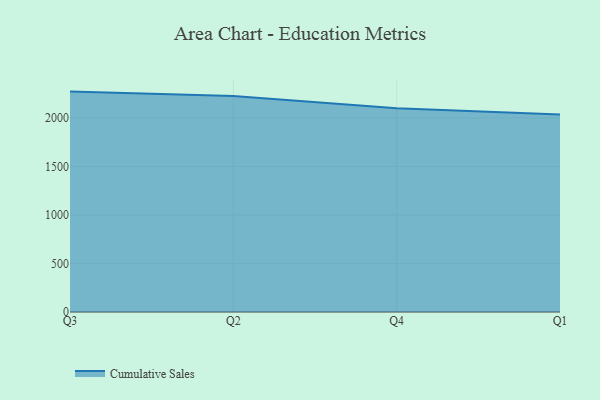
{"axis": {"x": "Quarter", "y": "Inventory Turnover"}, "legend": ["Cumulative Sales"], "data": [{"x": "Q3", "y": 2271.9, "type": "Cumulative Sales"}, {"x": "Q2", "y": 2225.3, "type": "Cumulative Sales"}, {"x": "Q4", "y": 2099.9, "type": "Cumulative Sales"}, {"x": "Q1", "y": 2034.6, "type": "Cumulative Sales"}]}